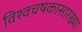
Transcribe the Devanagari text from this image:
विश्वचषकासारख्या